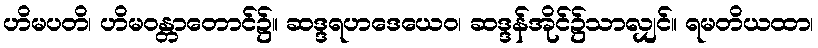
ဟိမပတိ၊ ဟိမဝန္တာတောင်၌။ ဆဒ္ဒရဟဒေယေဝ၊ ဆဒ္ဒန်အိုင်၌သာလျှင်။ ရမတိယထာ၊